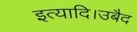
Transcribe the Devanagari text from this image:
इत्यादि।उबैद